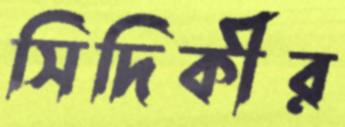
সিদিকীর